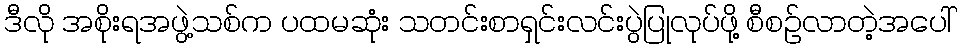
ဒီလို အစိုးရအဖွဲ့သစ်က ပထမဆုံး သတင်းစာရှင်းလင်းပွဲပြုလုပ်ဖို့ စီစဉ်လာတဲ့အပေါ်